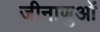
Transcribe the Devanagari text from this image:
जीनाणुओं